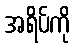
အရိပ်ကို